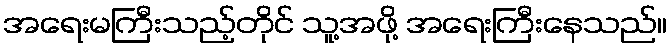
အရေးမကြီးသည့်တိုင် သူ့အဖို့ အရေးကြီးနေသည်။